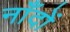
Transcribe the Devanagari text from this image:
नाँदों